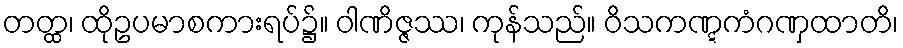
တတ္ထ၊ ထိုဥပမာစကားရပ်၌။ ဝါဏိဇ္ဇဿ၊ ကုန်သည်။ ဝိသကဏ္ဋကံဂဏှထာတိ၊